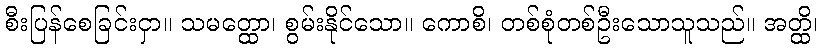
စီးပြန်စေခြင်းငှာ။ သမတ္ထော၊ စွမ်းနိုင်သော။ ကောစိ၊ တစ်စုံတစ်ဦးသောသူသည်။ အတ္ထိ၊